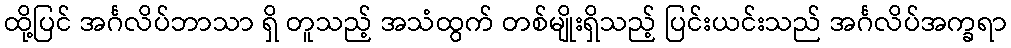
ထို့ပြင် အင်္ဂလိပ်ဘာသာ ရှိ တူသည့် အသံထွက် တစ်မျိုးရှိသည့် ပြင်းယင်းသည် အင်္ဂလိပ်အက္ခရာ